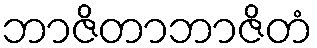
ဘာဇိတာဘာဇိတံ